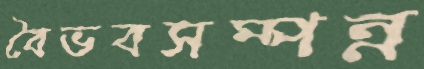
বৈভবসম্পন্ন